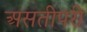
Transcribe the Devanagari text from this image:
असतीपरी